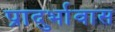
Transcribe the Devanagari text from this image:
प्रादुर्भावास